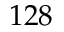
1 2 8